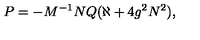
P = - M ^ { - 1 } N Q ( \aleph + 4 g ^ { 2 } N ^ { 2 } ) ,